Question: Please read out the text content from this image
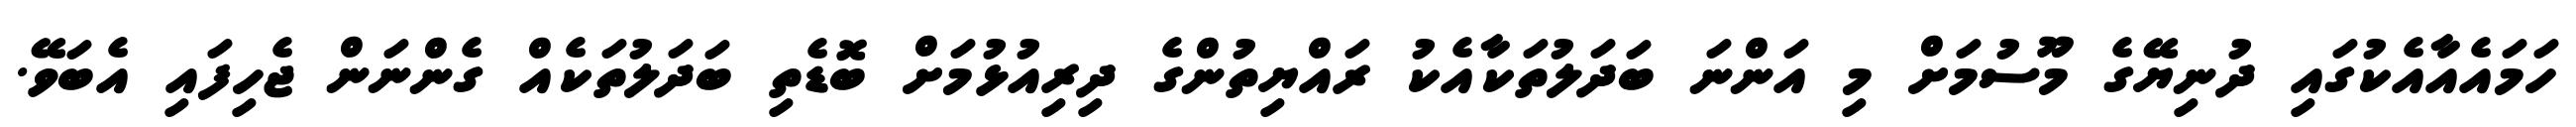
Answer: ހަމައެއާއެކުގައި ދުނިޔޭގެ މޫސުމަށް މި އަންނަ ބަދަލުތަކާއެކު ރައްޔިތުންގެ ދިރިއުޅުމަށް ބޮޑެތި ބަދަލުތަކެއް ގެންނަން ޖެހިފައި އެބަވޭ.